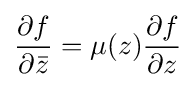
{\frac {\partial f}{\partial {\bar {z}}}}=\mu (z){\frac {\partial f}{\partial z}}